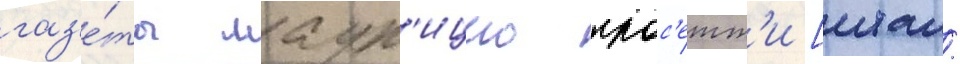
газ'е́ты маур'ицио крос'етт'и [итал.